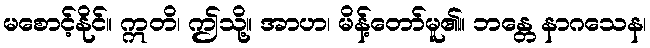
မစောင့်နိုင်။ ဣတိ၊ ဤသို့။ အာဟ၊ မိန့်တော်မူ၏။ ဘန္တေ နာဂသေန၊